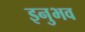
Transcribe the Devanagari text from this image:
इनुभव